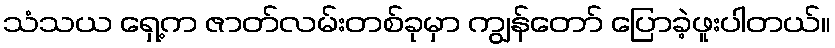
သံသယ ရှေ့က ဇာတ်လမ်းတစ်ခုမှာ ကျွန်တော် ပြောခဲ့ဖူးပါတယ်။